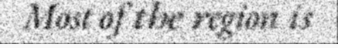
Most of the region is